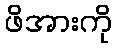
ဖိအားကို